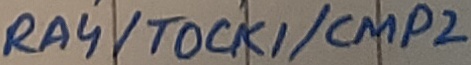
Text: RA4/TOCK1/CMP2